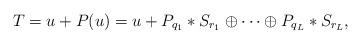
LaTeX: \begin{align*}T=u+P(u)=u+P_{q_1}\ast S_{r_1} \oplus \cdots \oplus P_{q_L}\ast S_{r_L},\end{align*}